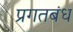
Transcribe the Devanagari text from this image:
प्रगतबंध